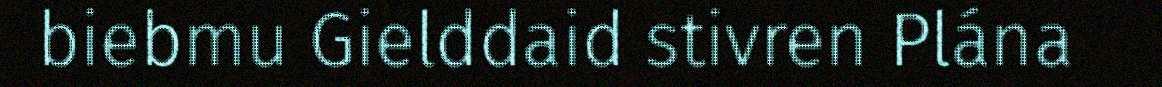
biebmu Gielddaid stivren Plána